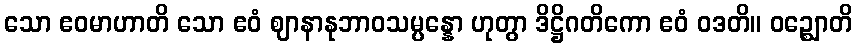
သော ဧဝမာဟာတိ သော ဧဝံ ဈာနာနုဘာဝသမ္ပန္နော ဟုတွာ ဒိဋ္ဌိဂတိကော ဧဝံ ဝဒတိ။ ဝဉ္ဈောတိ